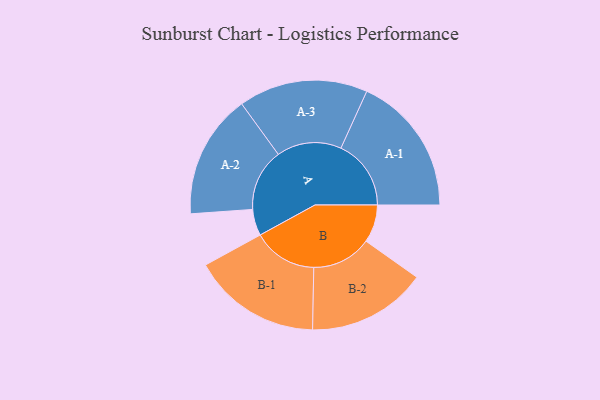
{"axis": {"x": "Segment", "y": "Value"}, "legend": ["", "A", "B"], "data": [{"x": "A", "y": 106, "type": ""}, {"x": "B", "y": 152, "type": ""}, {"x": "A-1", "y": 282, "type": "A"}, {"x": "A-2", "y": 250, "type": "A"}, {"x": "A-3", "y": 260, "type": "A"}, {"x": "B-1", "y": 259, "type": "B"}, {"x": "B-2", "y": 240, "type": "B"}]}